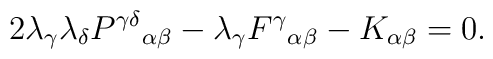
2 \lambda_\gamma \lambda_\delta P^{\gamma\delta}{}_{\alpha\beta} - \lambda_\gamma F^\gamma{}_{\alpha\beta} - K_{\alpha\beta} = 0.